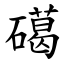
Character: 礍